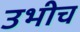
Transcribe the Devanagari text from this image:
उभीच